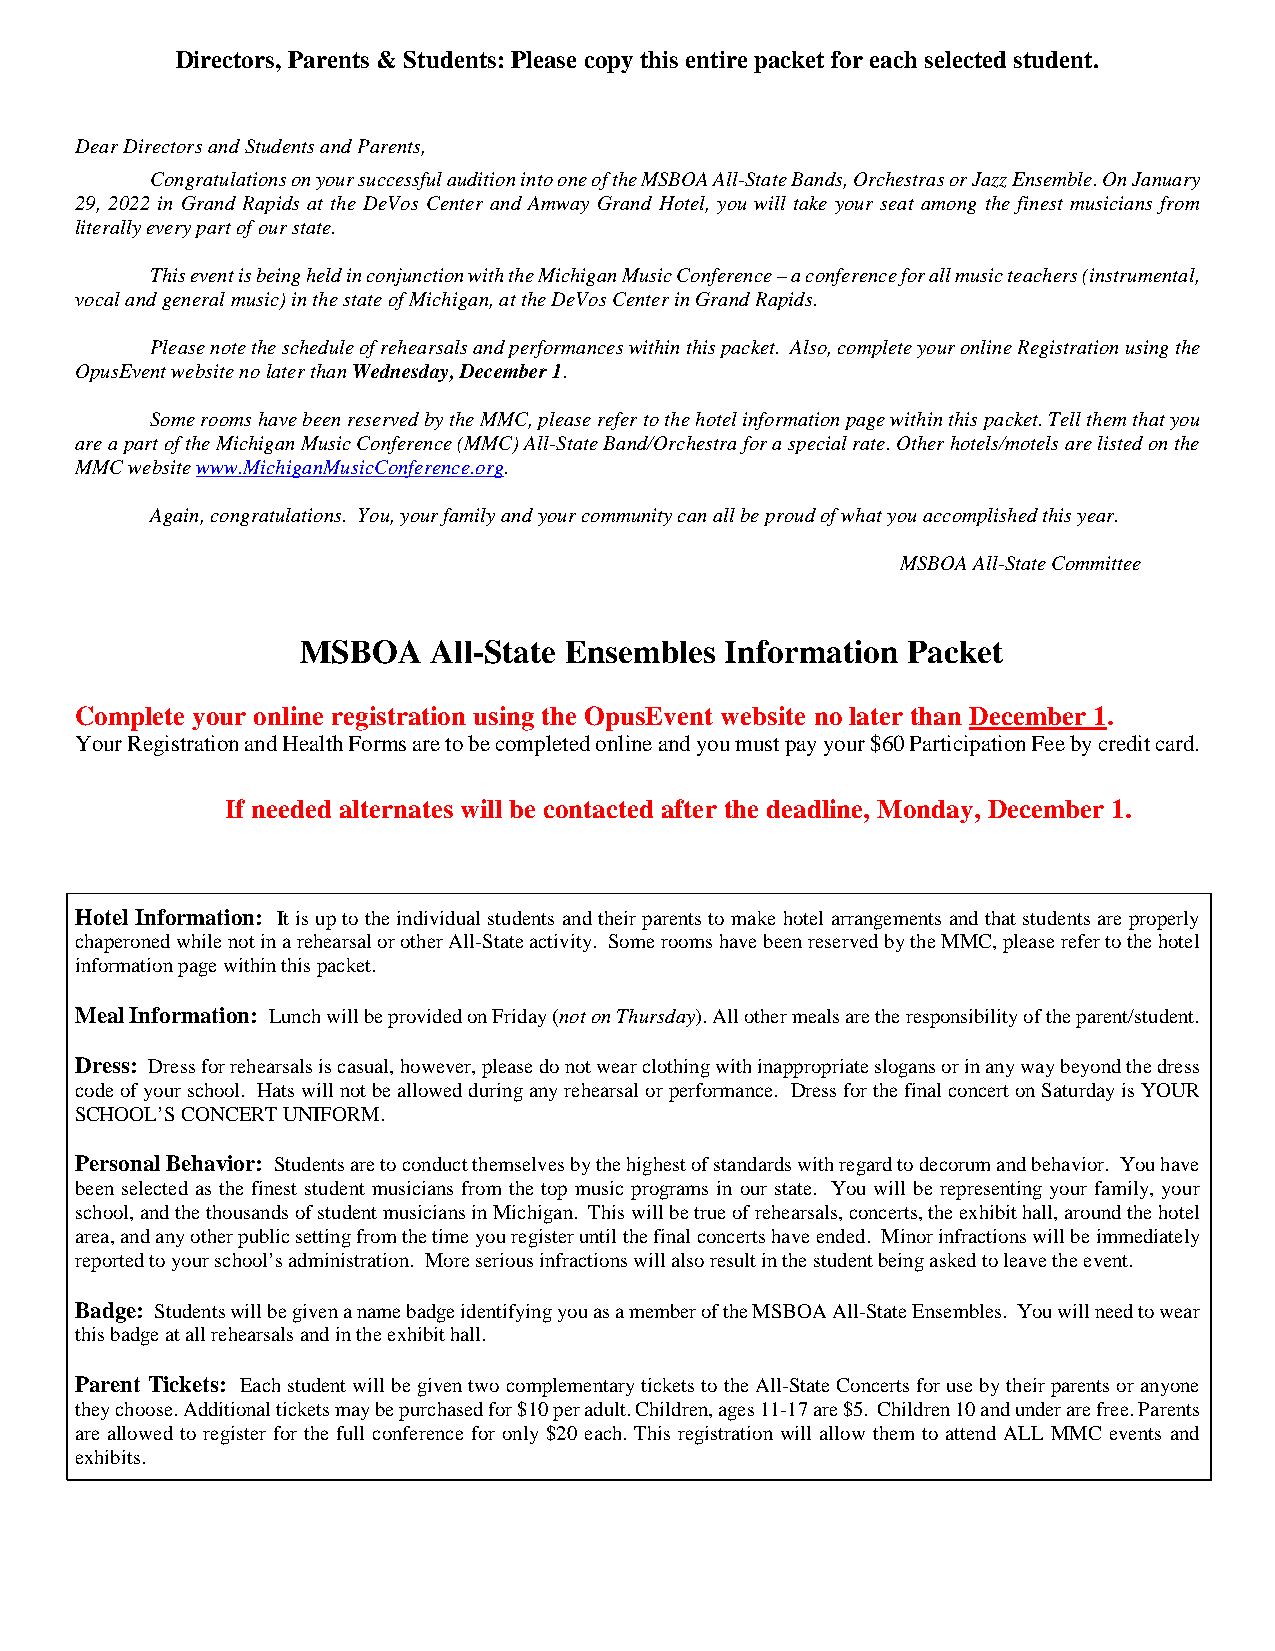
Directors, Parents & Students: Please copy this entire packet for each selected student.
 Dear Directors and Students and Parents,
 Congratulations on your successful audition into one of the MSBOA All-State Bands, Orchestrasor Jazz Ensemble. On January
 29, 2022 in Grand Rapids at the DeVos Center and Amway Grand Hotel, you will take your seat among the finest musicians from
 literally every part of our state.
 This event is being held in conjunction with the Michigan Music Conference–a conference for all music teachers (instrumental,
 vocal and general music) in the state of Michigan, at the DeVos Center in Grand Rapids.
 Please note the schedule of rehearsals and performanceswithin this packet. Also, complete your onlineRegistration using the
 OpusEvent websitenolater thanWednesday, December 1.
 Some rooms have been reservedby the MMC,please refer to the hotel information page within this packet. Tell them that you
 are a part of the Michigan Music Conference (MMC) All-State Band/Orchestra for a special rate. Other hotels/motels are listed on the
 MMC websitewww.MichiganMusicConference.org.
 Again, congratulations. You, your family and your community can all beproud of what you accomplished this year.
 MSBOA All-State Committee
 MSBOA   All-State Ensembles Information Packet
 Complete your online registration using the OpusEvent website no later than December 1.
 Your Registration andHealth Formsare to be completed onlineandyou must pay your$60 Participation Feeby credit card.
 If needed alternates will be contacted after the deadline, Monday, December 1.
 Hotel Information: It is up to the individual students and their parents to make hotel arrangements and that students are properly
 chaperoned while not in a rehearsal or other All-State activity. Some rooms have been reservedby the MMC, please refer to the hotel
 information page within this packet.
 Meal Information: Lunch will be provided on Friday(noton Thursday). All other meals are the responsibility of the parent/student.
 Dress: Dress for rehearsals is casual, however, please do not wear clothing with inappropriate slogans or in any way beyond the dress
 code of your school. Hats will not be allowed during any rehearsal or performance. Dress for the final concert on Saturday is YOUR
 SCHOOL’S CONCERT UNIFORM.
 Personal Behavior: Students are to conductthemselves by the highest of standards with regard to decorum and behavior. You have
 been selected as the finest student musicians from the top music programs in our state. You will be representing your family, your
 school, and the thousands of student musicians in Michigan. This will be true of rehearsals, concerts, the exhibit hall, around the hotel
 area, and any other public setting from the time you register until the final concerts have ended. Minor infractions will beimmediately
 reported to yourschool’s administration. More serious infractions will also result in the student being asked to leave the event.
 Badge: Studentswill be given a name badge identifying you as a member of the MSBOA All-State Ensembles. You will need to wear
 this badgeat all rehearsalsand in the exhibit hall.
 Parent Tickets: Each student will be given two complementary tickets to the All-State Concerts for use by their parents or anyone
 they choose. Additional tickets may be purchased for $10 per adult.Children,ages 11-17 are $5. Children 10 and under are free. Parents
 are allowed to register for the full conference for only $20 each. This registration will allow them to attend ALL MMC events and
 exhibits.